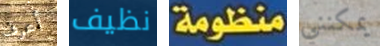
أعرف نظيف منظومة يمكنني